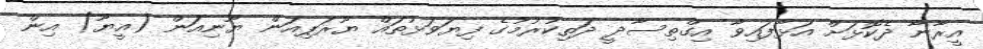
އީރާނާ ދެކޮޅަށް އަޅާފައިވާ އިގްތިސާދީ ދަތިކުރުމުގެ ފިޔަވަޅުތައް ޔޫރަޕިއަން ޔޫނިއަން (އީޔޫ) އިން